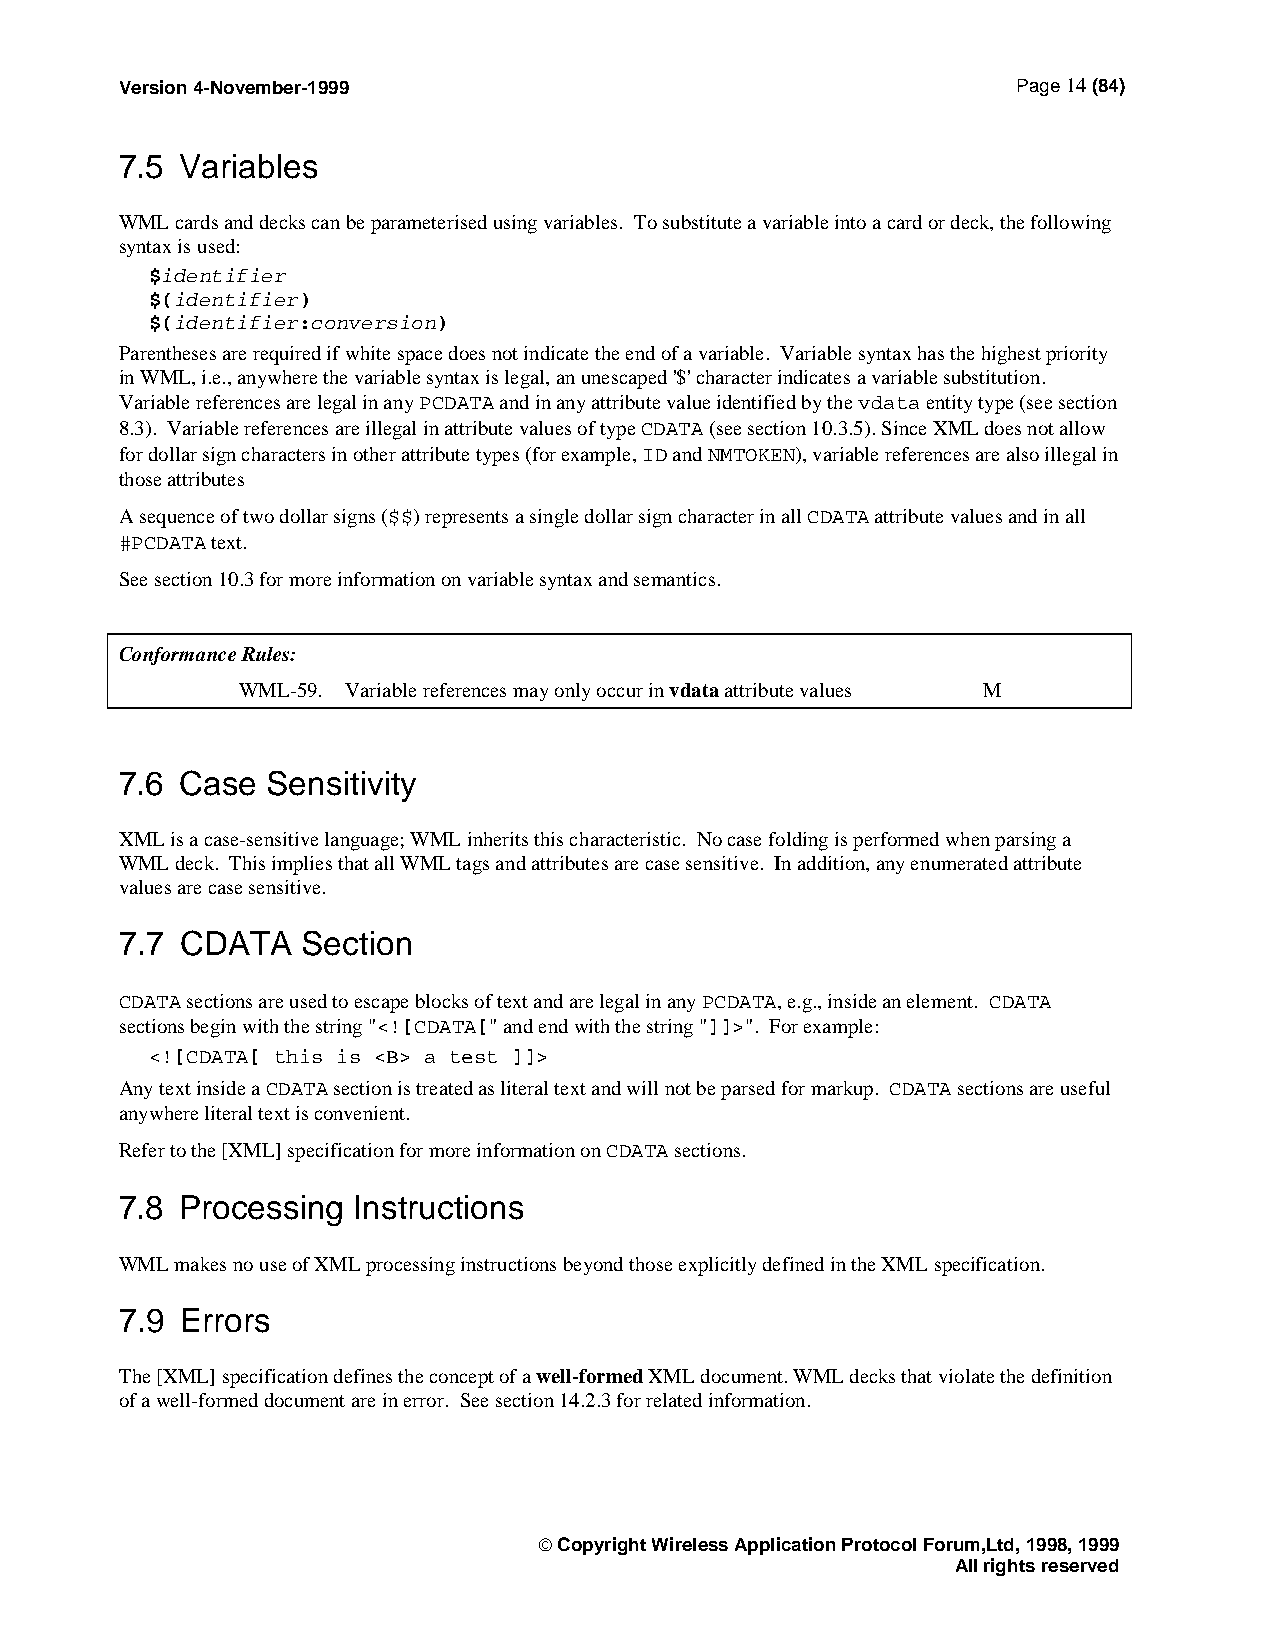
Version 4-November-1999                                    Page 14 (84)
 7.5 Variables
 WML cards and decks can be parameterised using variables. To substitute a variable into a card or deck, the following
 syntax is used:
 $identifier
 $(identifier)
 $(identifier:conversion)
 Parentheses are required if white space does not indicate the end of a variable. Variable syntax has the highest priority
 in WML, i.e., anywhere the variable syntax is legal, an unescaped '$' character indicates a variable substitution.
 Variable references are legal in any PCDATA and in any attribute value identified by the vdata entity type (see section
 8.3). Variable references are illegal in attribute values of type CDATA (see section 10.3.5). Since XML does not allow
 for dollar sign characters in other attribute types (for example, ID and NMTOKEN), variable references are also illegal in
 those attributes
 A sequence of two dollar signs ($$) represents a single dollar sign character in all CDATA attribute values and in all
 #PCDATA text.
 See section 10.3 for more information on variable syntax and semantics.
 Conformance Rules:
 WML-59. Variable references may only occur in vdata attribute values M
 7.6 Case  Sensitivity
 XML is a case-sensitive language; WML inherits this characteristic. No case folding is performed when parsing a
 WML deck. This implies that all WML tags and attributes are case sensitive. In addition, any enumerated attribute
 values are case sensitive.
 7.7 CDATA   Section
 CDATA sections are used to escape blocks of text and are legal in any PCDATA, e.g., inside an element. CDATA
 sections begin with the string "<![CDATA[" and end with the string "]]>". For example:
 <![CDATA[ this is <B> a test ]]>
 Any text inside a CDATA section is treated as literal text and will not be parsed for markup. CDATA sections are useful
 anywhere literal text is convenient.
 Refer to the [XML] specification for more information on CDATA sections.
 7.8 Processing Instructions
 WML makes no use of XML processing instructions beyond those explicitly defined in the XML specification.
 7.9 Errors
 The [XML] specification defines the concept of a well-formed XML document. WML decks that violate the definition
 of a well-formed document are in error. See section 14.2.3 for related information.
  Copyright Wireless Application Protocol Forum,Ltd, 1998, 1999
 All rights reserved